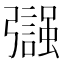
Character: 𢐵